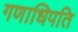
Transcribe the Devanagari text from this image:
गणाधिपति